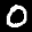
Label: 0